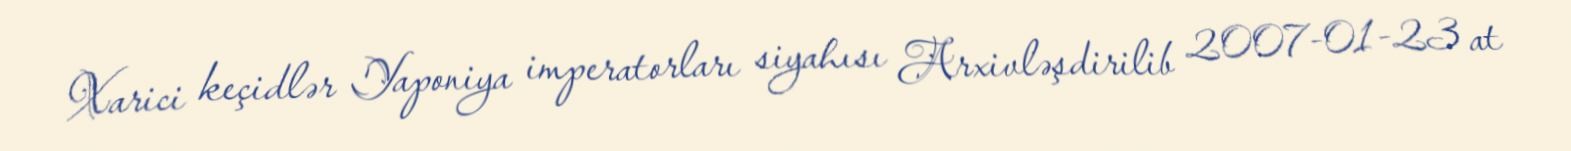
Xarici keçidlər Yaponiya imperatorları siyahısı Arxivləşdirilib 2007-01-23 at